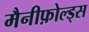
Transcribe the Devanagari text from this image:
मैनीफ़ोल्ड्स